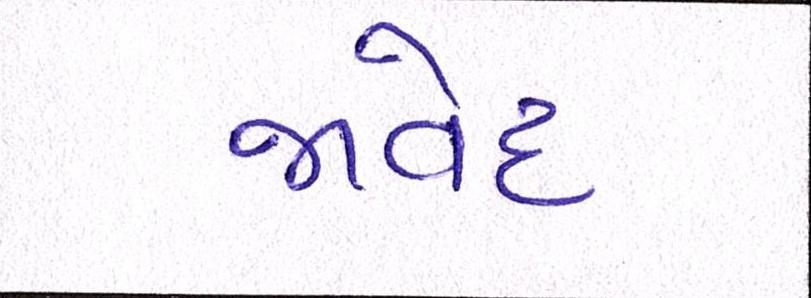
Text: જાવેદ